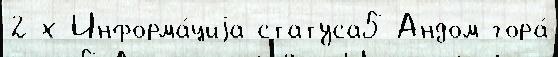
2-х Информа́циjа статуса5 Андом-гора́